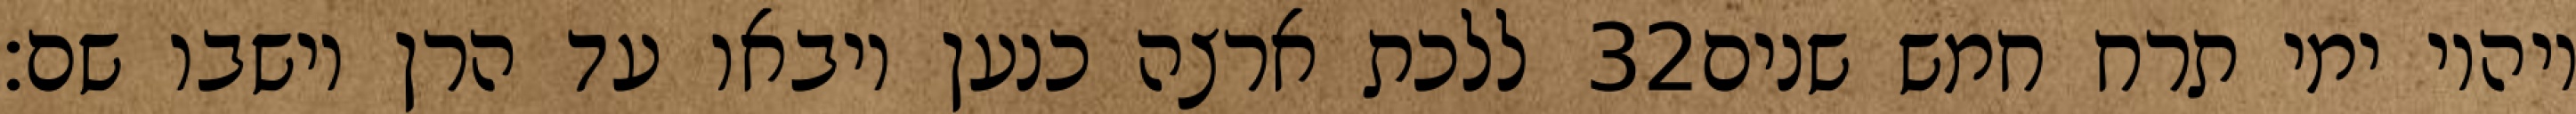
ללכת ארצה כנען ויבאו עד הרן וישבו שם׃ ‎32‏ ויהיו ימי תרח חמש שנים